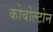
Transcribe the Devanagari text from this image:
कोबोल्टोन